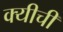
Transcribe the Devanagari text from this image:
क्यीची